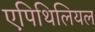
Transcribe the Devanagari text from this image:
एपिथिलियल